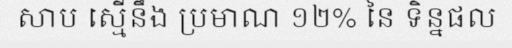
សាប ស្មើនឹង ប្រមាណ ១២% នៃ ទិន្នផល